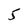
Character: 5